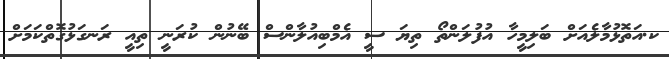
ކ.އަތޮޅުމާލެއަށް ބަލިމީހާ އުފުލަންތޯ ތިޔަ ސީ އެމްބިއުލާންސް ބޭނުން ކުރަނީ ތިއީ ރަނގަޅުގޮތްކަމަށް